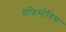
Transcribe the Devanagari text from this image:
येफिमोविच